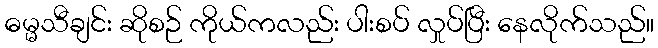
ဓမ္မသီချင်း ဆိုစဉ် ကိုယ်ကလည်း ပါးစပ် လှုပ်ပြီး နေလိုက်သည်။